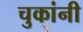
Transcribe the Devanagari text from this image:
चुकांनी